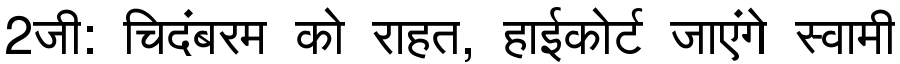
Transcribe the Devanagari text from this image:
2जी: चिदंबरम को राहत, हाईकोर्ट जाएंगे स्वामी